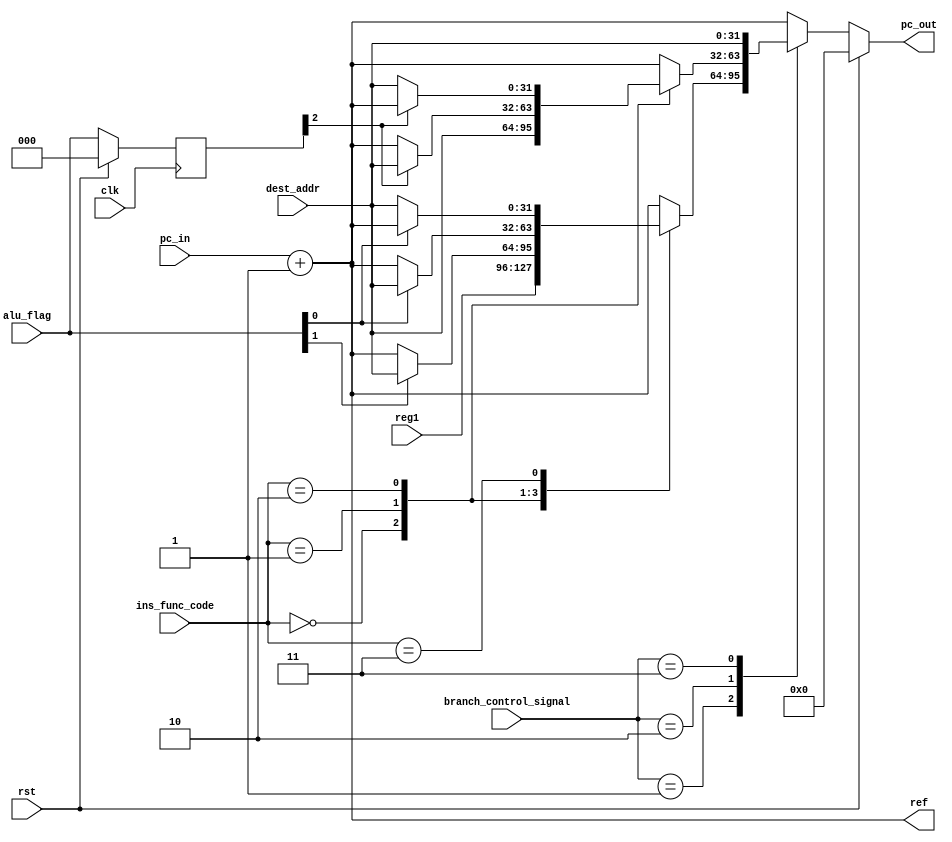
`timescale 1ns / 1ps

//////////////////////////////////////////////////////////////////////////////////
// Assignment Number: 7 [KGP-RISC]
// Module: Branching Mechanism
// Semester Number: 5
// Group Number: G1
// Group Members: Animesh Jha (19CS10070) and Nisarg Upadhyaya (19CS30031)
//////////////////////////////////////////////////////////////////////////////////

module branching_mechanism(
    input [31:0] pc_in,
	input [31:0] dest_addr,
	input [31:0] reg1,
	input [1:0] branch_control_signal,
	input [5:0] ins_func_code,
	input [2:0] alu_flag,
	input rst,
	input clk,
    output reg [31:0] pc_out,
	output reg [31:0] ref
    );
	/*
		name 	ins_func_code		branch_control		alu_flag(ZNC)	pc_out			ref
		br		000000				01					xxx				reg1  			pc_in+1
		bltz	000001				01					x1x				dest_addr		pc_in+1
		bz		000010				01					1xx				dest_addr		pc_in+1
		bnz		000011				01					0xx				dest_addr		pc_in+1
		b		000000				10					xxx				dest_addr		pc_in+1
		bcy		000001				10					xx1				dest_addr		pc_in+1
		bncy	000010				10					xx0				dest_addr		pc_in+1
		bl		000000				11					xxx				dest_addr		pc_in+1
		none 	xxxxxx				00					xxx				pc_in+1			pc_in+1
	*/
	reg [2:0] old_flag;

	always @(posedge clk) begin
		if(rst)
			old_flag <= 3'b000;
		else
			old_flag <= alu_flag;
	end

	always @(*) begin
		ref <= pc_in+32'd1;
		if(rst)
			pc_out <= 32'd0;
		else begin 
			case(branch_control_signal)
				2'b01: begin
					case(ins_func_code)
						6'b000000: begin
							pc_out<=reg1;
						end
						6'b000001:begin
							if(alu_flag[1]==1'b1)
								pc_out<=dest_addr;
							else
								pc_out<=pc_in+32'd1;
						end
						6'b000010:begin
							if(alu_flag[0]==1'b1)
								pc_out<=dest_addr;
							else
								pc_out<=pc_in+32'd1;
						end
						6'b000011:begin
							if(alu_flag[0]==1'b0)
								pc_out<=dest_addr;
							else
								pc_out<=pc_in+32'd1;
						end
						default: begin
							pc_out<=pc_in+32'd1;
						end
					endcase	
				end
				2'b10: begin
					case(ins_func_code)
						6'b000000: begin
							pc_out<=dest_addr;
						end
						6'b000001:begin
							if(old_flag[2]==1'b1)
								pc_out<=dest_addr;
							else
								pc_out<=pc_in+32'd1;
						end
						6'b000010:begin
							if(old_flag[2]==1'b0)
								pc_out<=dest_addr;
							else
								pc_out<=pc_in+32'd1;
						end
						default: begin
							pc_out<=pc_in+32'd1;
						end
					endcase	
				end
				2'b11: begin
					pc_out<=dest_addr;
				end
				default: begin
					pc_out<=pc_in+32'd1;
				end
			endcase
		end
	end
endmodule